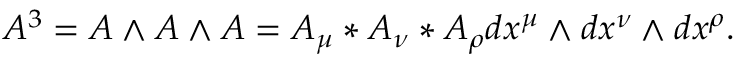
A ^ { 3 } = A \wedge A \wedge A = A _ { \mu } * A _ { \nu } * A _ { \rho } d x ^ { \mu } \wedge d x ^ { \nu } \wedge d x ^ { \rho } .